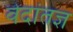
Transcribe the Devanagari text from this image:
वेदांतज्ञ